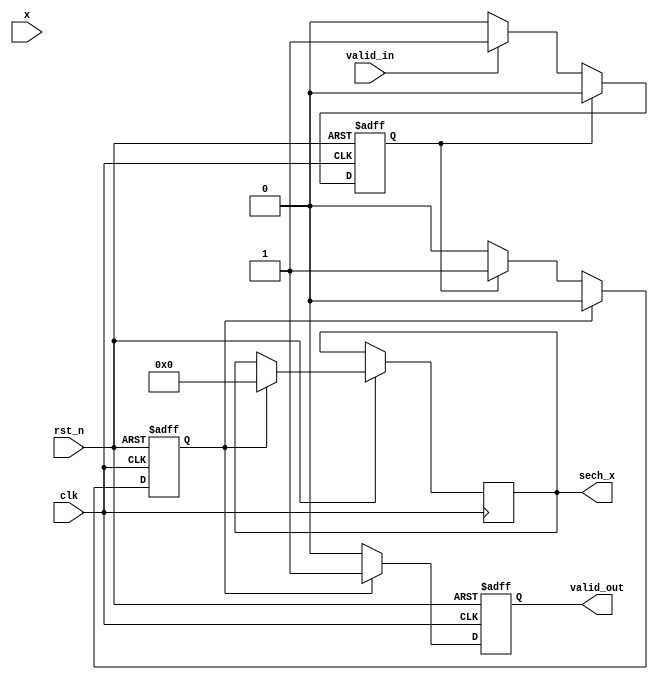
module hyperbolic_secant (
    input wire clk,
    input wire rst_n,
    input wire valid_in,
    input wire [15:0] x, // Fixed-point input: 16-bit representation
    output reg valid_out,
    output reg [15:0] sech_x // Fixed-point output: 16-bit representation
);

// Internal signals
wire [15:0] cosh_x;
reg [15:0] cosh_x_reg;
reg start_cosh;
reg start_reciprocal;

// Control Logic
always @(posedge clk or negedge rst_n) begin
    if (!rst_n) begin
        valid_out <= 0;
        start_cosh <= 0;
        start_reciprocal <= 0;
        cosh_x_reg <= 0;
    end else begin
        if (valid_in) begin
            start_cosh <= 1;  // Start cosh calculation
        end
        
        if (start_cosh) begin
            cosh_x_reg <= cosh_approx(x); // Compute cosh
            start_cosh <= 0;  // Reset to calculate cosh again for next input
            start_reciprocal <= 1; // Start reciprocal calculation
        end
        
        if (start_reciprocal) begin
            sech_x <= reciprocal(cosh_x_reg); // Compute sech from cosh
            valid_out <= 1;  // Signal that output is valid
            start_reciprocal <= 0; // Reset for next operation
        end else begin
            valid_out <= 0; // Output is not valid
        end
    end
end

// Function to compute hyperbolic cosine using a simple approximation
function [15:0] cosh_approx;
    input [15:0] x;
    begin
        // cosh(x)  1 + x^2/2! + x^4/4! for small x (use fixed-point arithmetic)
        cosh_approx = 16'h0001 + ((x * x) >> 1) + (((x * x * x * x) >> 16) >> 2);
    end
endfunction

// Function to compute reciprocal (1/cosh) using simple iterative approximation
function [15:0] reciprocal;
    input [15:0] value;
    reg [15:0] approx;
    reg [7:0] iter;
    begin
        approx = 16'h0001; // Initial guess for reciprocal (1/value) is 1
        // Iterate for better precision (e.g., Newton-Raphson)
        for (iter = 0; iter < 5; iter = iter + 1) begin
            approx = approx * (16'h0002 - value * approx) >> 16; // 1/value  2 - value * approx
        end
        reciprocal = approx;
    end
endfunction

endmodule